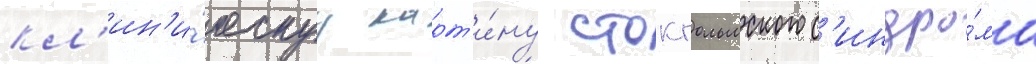
кл'ин'и́ческуу карт'и́ну стокгольмского с'индро́ма